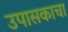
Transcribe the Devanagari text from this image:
उपासकाचा